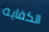
الكفايه